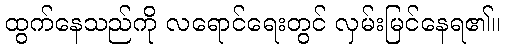
ထွက်နေသည်ကို လရောင်ရေးတွင် လှမ်းမြင်နေရ၏။